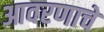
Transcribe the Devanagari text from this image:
आवरणाचे